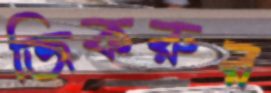
জিকরুর